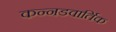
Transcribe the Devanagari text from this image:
कन्नडवार्तिक